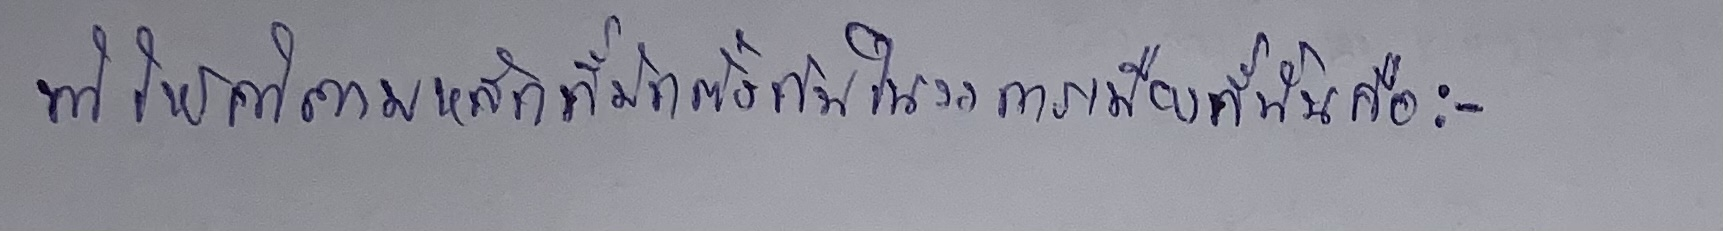
ทำให้คำถามหลักที่มักตั้งกันในวงการเมืองที่นั่นคือ:-